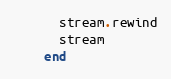
Language: Ruby
      stream.rewind
      stream
    end